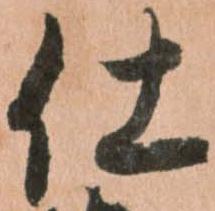
仕